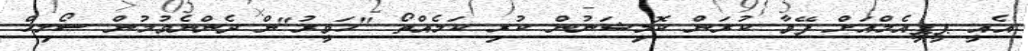
އެއީ ޕީޕީއެމްއަށް ފޭވާ ކުރަން ކޮމިޝަނުން ކުރި ކަމެއްތޯ "ހަވީރު"ން ދެންނެވުމުން ސޯލިހް